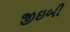
જીઇબી